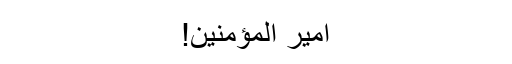
امیر المؤمنین!